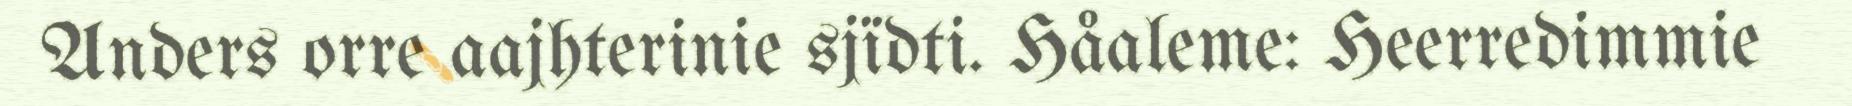
Anders orre aajhterinie sjïdti. Håaleme: Heerredimmie